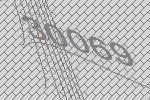
30069